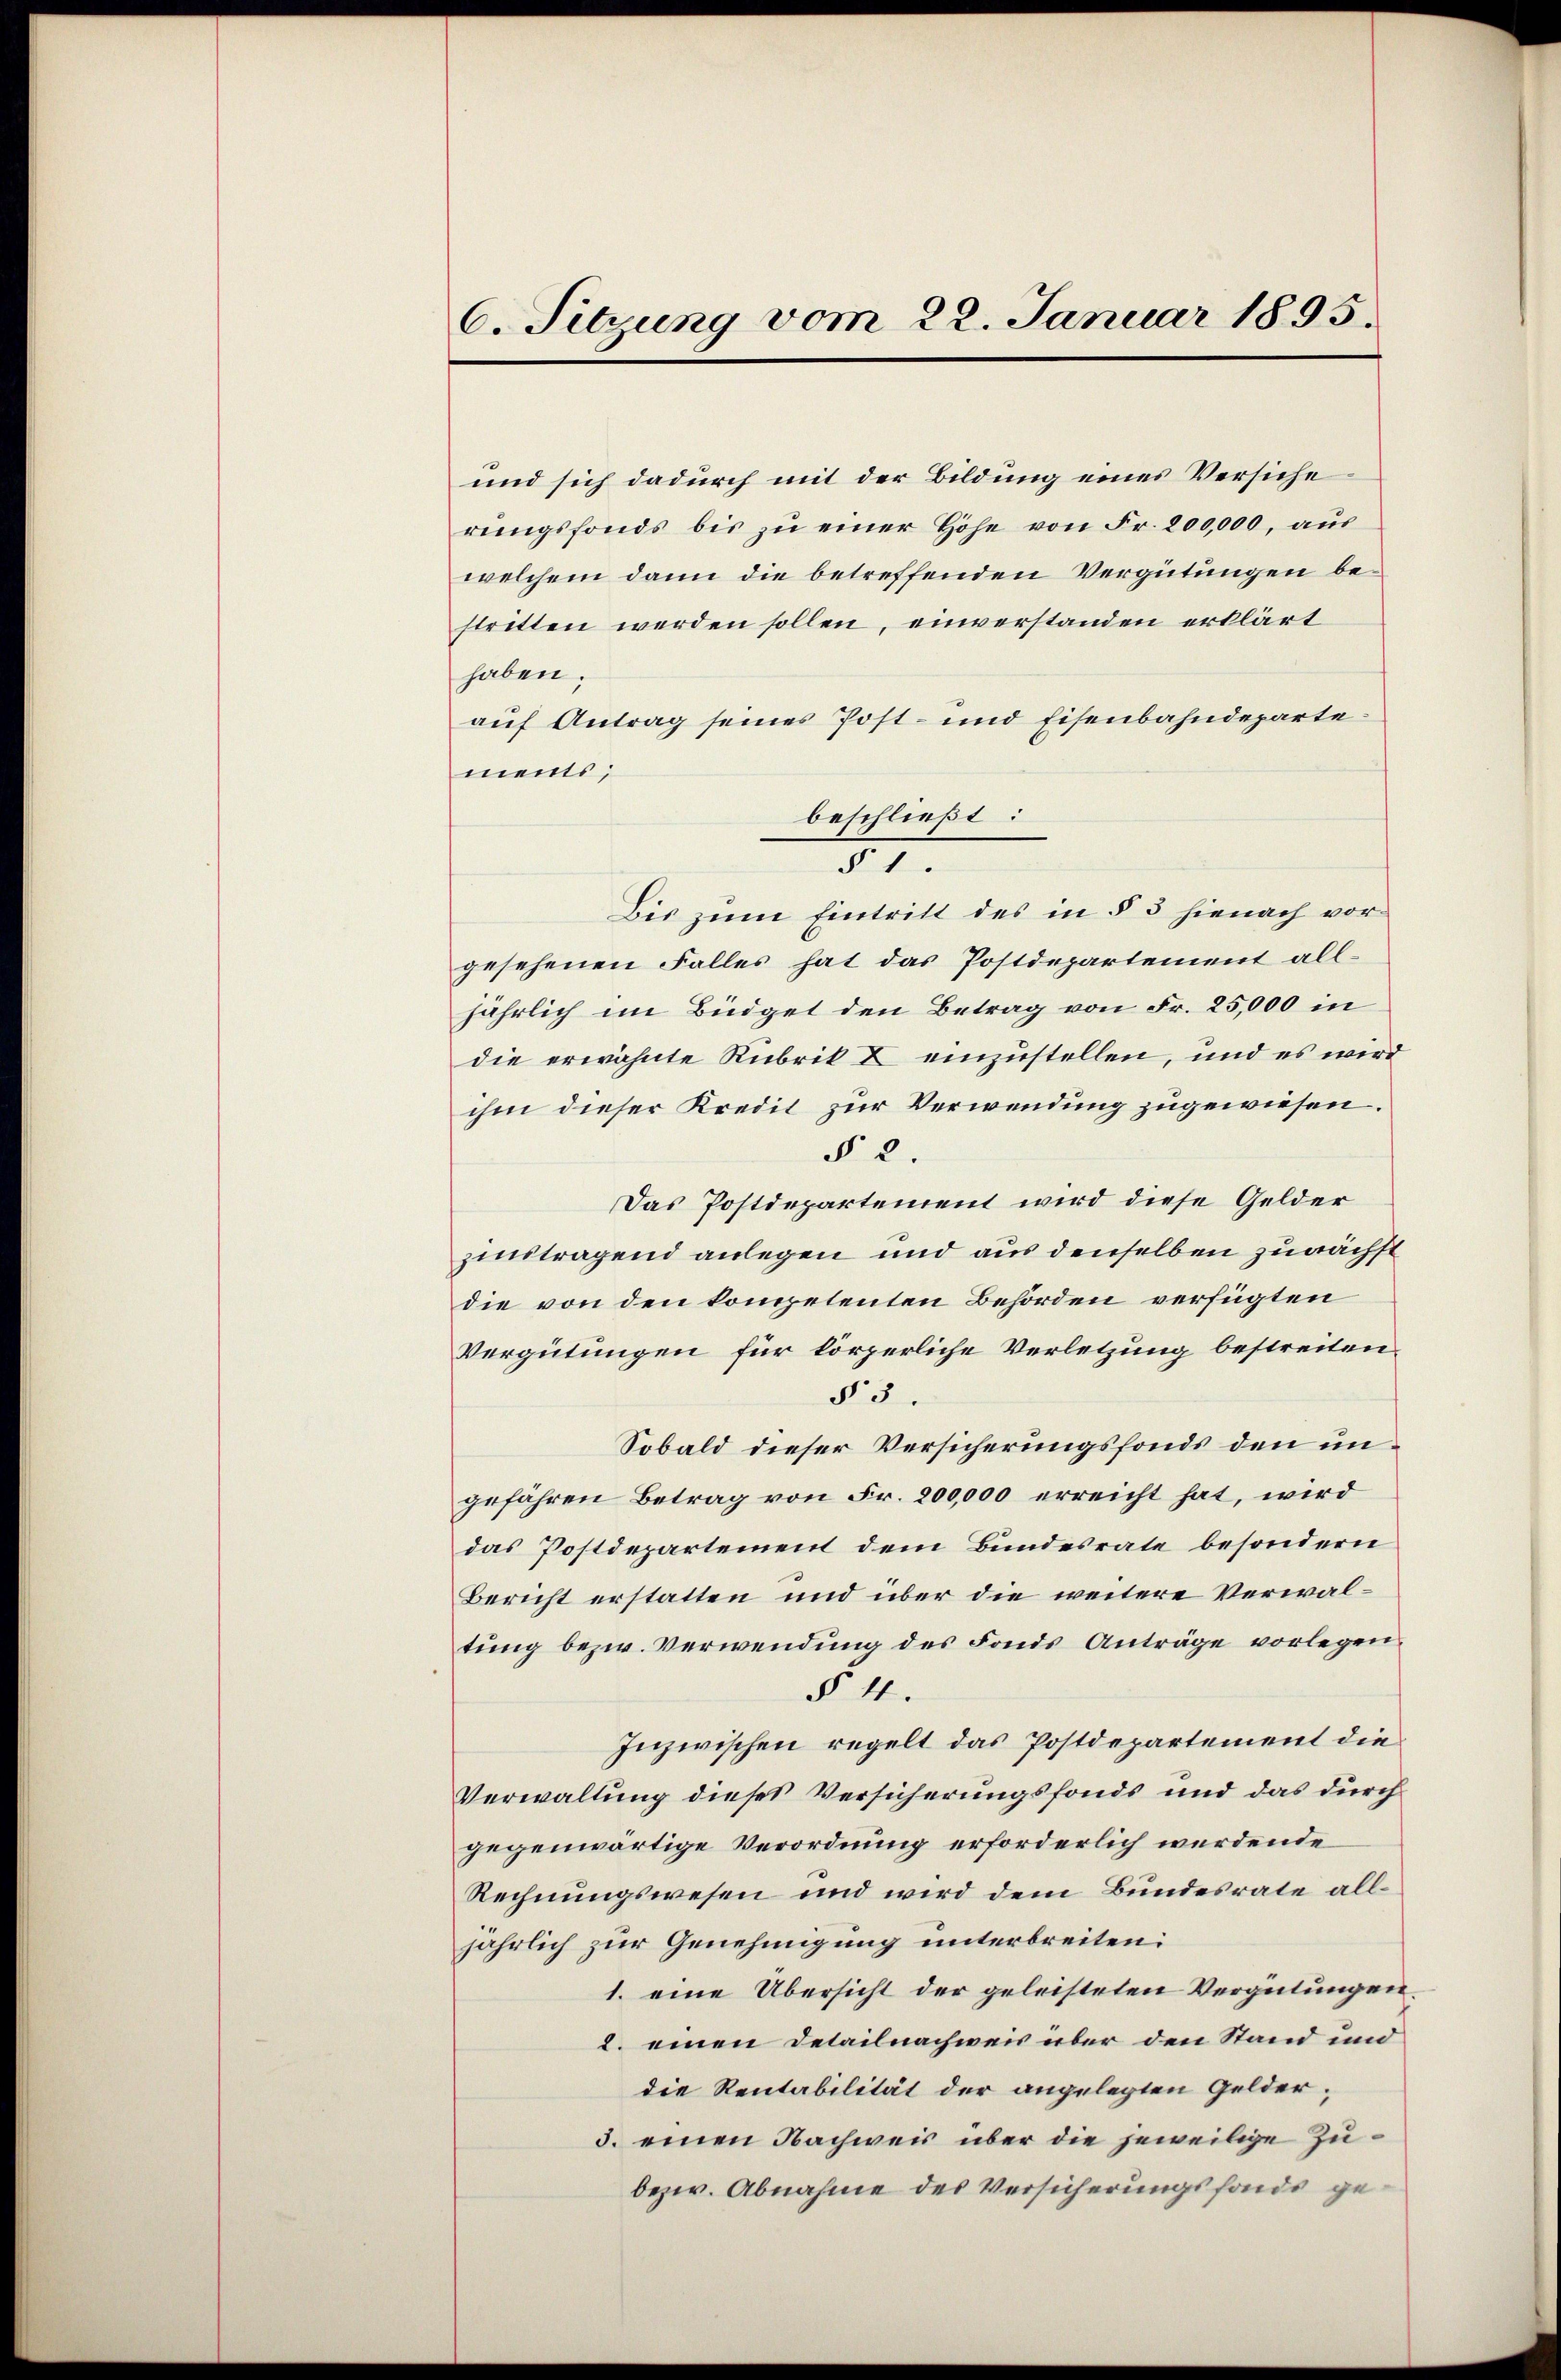
6. Sitzung vom 22. Januar 1895.

und sich dadurch mit der Bildung eines Versiche
rŭngsfonds bis zŭ einer Höhe von Fr. 200,000, aŭs
welchem dann die betreffenden Vergütungen bestritten werden sollen, einverstanden erklärt
haben.
auf Antrag seines Post- und Eisenbahndeparte.
ments;
beschließt:
§ 1.
Bis zum Eintritt des in § 3 hienach vorgesehenen Falles hat das Postdepartement alljährlich im Büdget den Betrag von Fr. 25,000 in
die erwähnte Rubrik I einzustellen, und es wird
ihm dieser Kredit zur Verwendung zugewiesen.
§ 2.
Das Postdepartement wird diese Gelder
zintragend anlegen und aus denselben zunächst
die von den kompetenten Behörden verfügten
Vergütungen für körperliche Verletzung bestreiten.
N 5
Sobald dieser Versicherungsfonds den ungefähren Betrag von Fr. 200,000 erreicht hat, wird
das Postdepartement dem Bundesrate besondern
Bericht erstatten und über die weitere Verwaltung bezw. Verwendung des Fonds Anträge vorlegen
§ 4.
Inzwischen regelt das Postdepartement die
Verwaltung dieses Versicherungsfonds und das durch
gegenwärtige Verordnung erforderlich werdende
Rechnungswesen und wird dem Bundesrate alljährlich zur Genehmigung unterbreiten:
1. eine Übersicht der geleisteten Vergütungen.
2. einen Detailnachweis über den Stand und
die Rentabilität der angelegten Gelder-
5. einen Nachweis über die jeweilige Zu¬
bezw. Abnahme des Versicherungsfonde ge¬